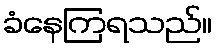
ခံနေကြရသည်။